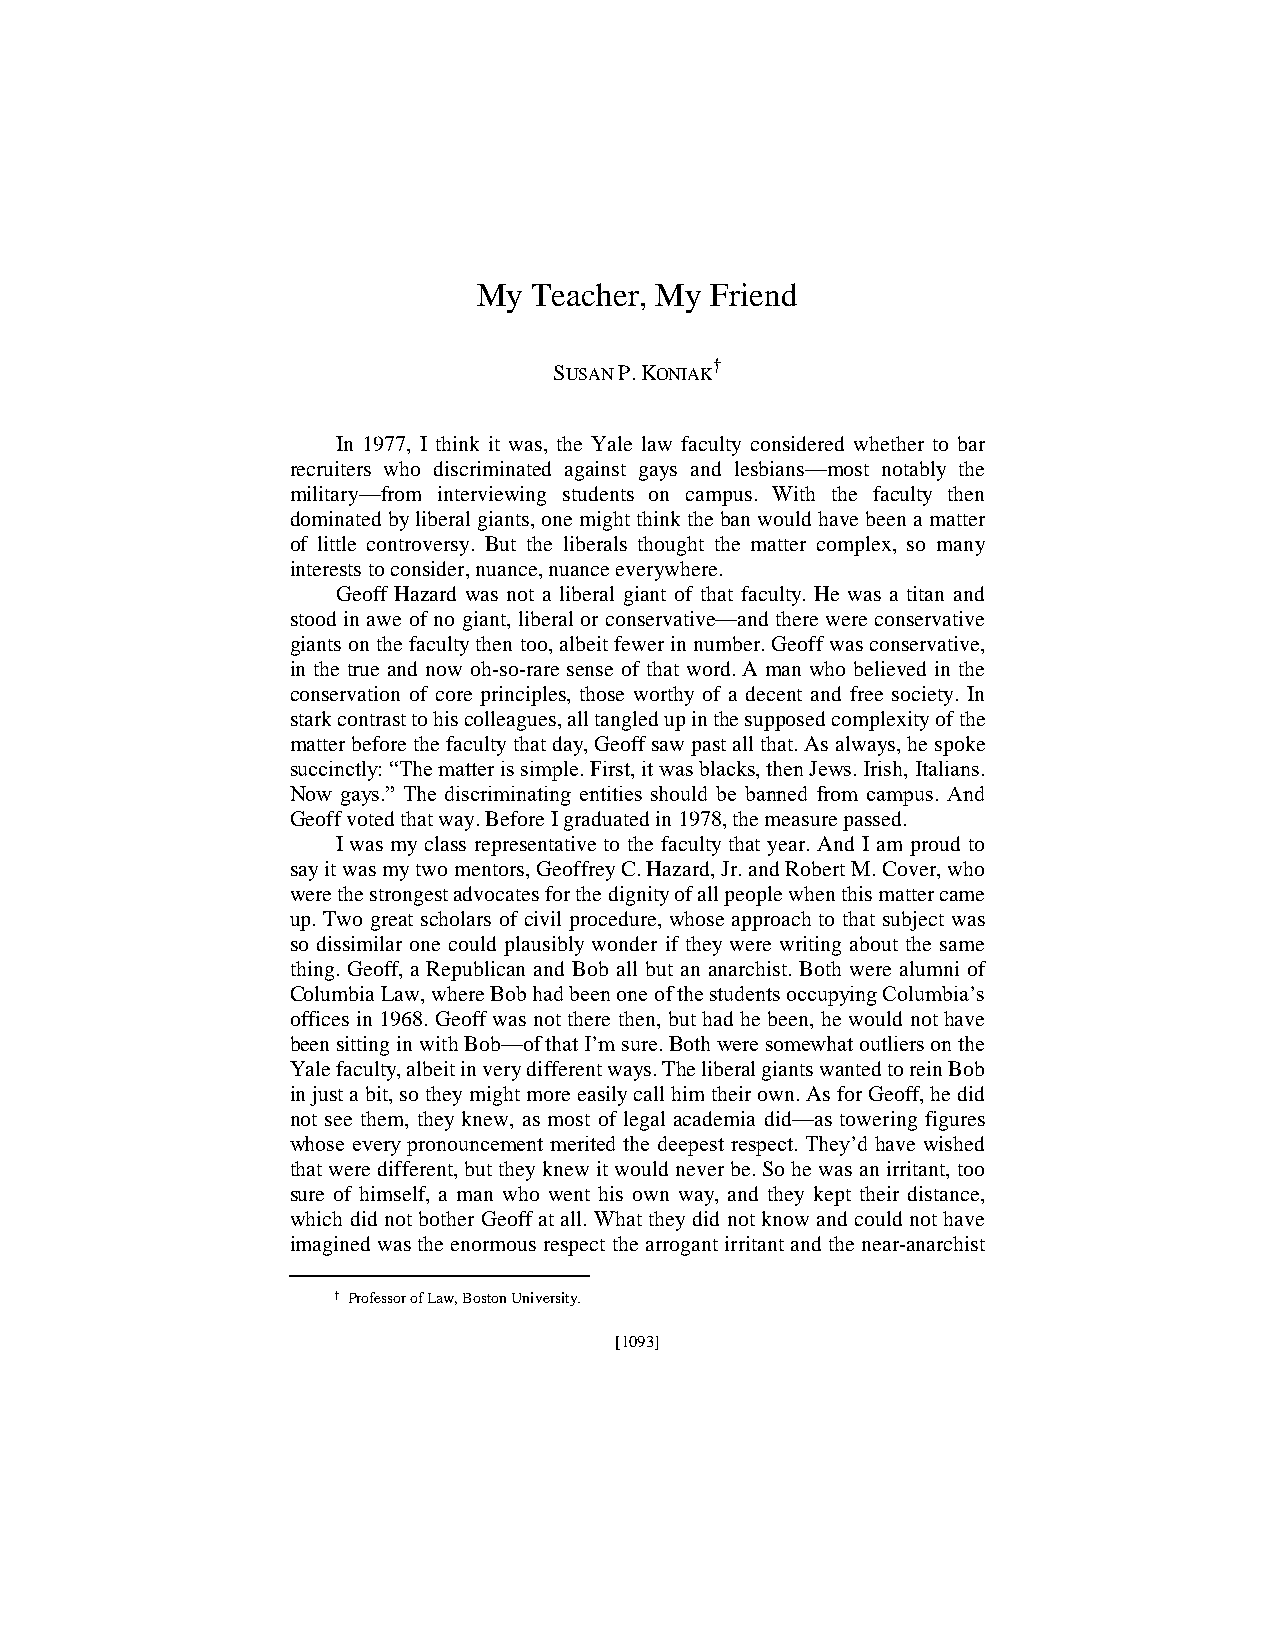
70.4 - KONIAK (DO NOT DELETE)         5/10/2019 11:56 AM
 My Teacher, My Friend
 SUSAN P. KONIAK†
 In 1977, I think it was, the Yale law faculty considered whether to bar
 recruiters who discriminated against gays and lesbians—most notably the
 military—from interviewing students on campus. With the faculty then
 dominated by liberal giants, one might think the ban would have been a matter
 of little controversy. But the liberals thought the matter complex, so many
 interests to consider, nuance, nuance everywhere.
 Geoff Hazard was not a liberal giant of that faculty. He was a titan and
 stood in awe of no giant, liberal or conservative—and there were conservative
 giants on the faculty then too, albeit fewer in number. Geoff was conservative,
 in the true and now oh-so-rare sense of that word. A man who believed in the
 conservation of core principles, those worthy of a decent and free society. In
 stark contrast to his colleagues, all tangled up in the supposed complexity of the
 matter before the faculty that day, Geoff saw past all that. As always, he spoke
 succinctly: “The matter is simple. First, it was blacks, then Jews. Irish, Italians.
 Now gays.” The discriminating entities should be banned from campus. And
 Geoff voted that way. Before I graduated in 1978, the measure passed.
 I was my class representative to the faculty that year. And I am proud to
 say it was my two mentors, Geoffrey C. Hazard, Jr. and Robert M. Cover, who
 were the strongest advocates for the dignity of all people when this matter came
 up. Two great scholars of civil procedure, whose approach to that subject was
 so dissimilar one could plausibly wonder if they were writing about the same
 thing. Geoff, a Republican and Bob all but an anarchist. Both were alumni of
 Columbia Law, where Bob had been one of the students occupying Columbia’s
 offices in 1968. Geoff was not there then, but had he been, he would not have
 been sitting in with Bob—of that I’m sure. Both were somewhat outliers on the
 Yale faculty, albeit in very different ways. The liberal giants wanted to rein Bob
 in just a bit, so they might more easily call him their own. As for Geoff, he did
 not see them, they knew, as most of legal academia did—as towering figures
 whose every pronouncement merited the deepest respect. They’d have wished
 that were different, but they knew it would never be. So he was an irritant, too
 sure of himself, a man who went his own way, and they kept their distance,
 which did not bother Geoff at all. What they did not know and could not have
 imagined was the enormous respect the arrogant irritant and the near-anarchist
 † Professor of Law, Boston University.
 [1093]